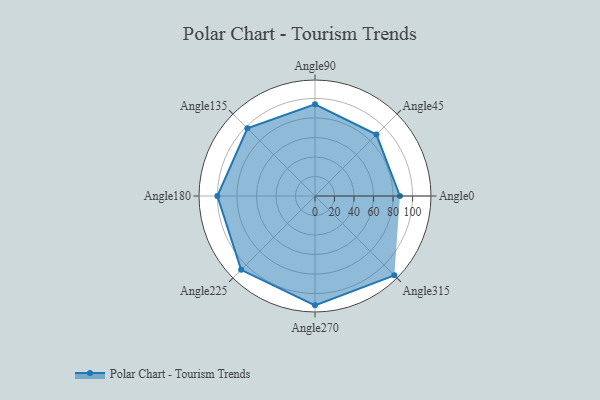
{"axis": {"x": "Angle", "y": "Radius"}, "legend": [""], "data": [{"x": "Angle0", "y": 87.0, "type": ""}, {"x": "Angle45", "y": 89.0, "type": ""}, {"x": "Angle90", "y": 94.0, "type": ""}, {"x": "Angle135", "y": 98.0, "type": ""}, {"x": "Angle180", "y": 100.0, "type": ""}, {"x": "Angle225", "y": 107.0, "type": ""}, {"x": "Angle270", "y": 112.0, "type": ""}, {"x": "Angle315", "y": 115.0, "type": ""}]}